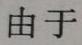
由于